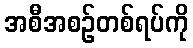
အစီအစဉ်တစ်ရပ်ကို